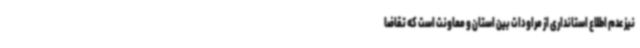
نیز عدم اطلاع استانداری از مراودات بین استان‌ و معاونت است که تقاضا